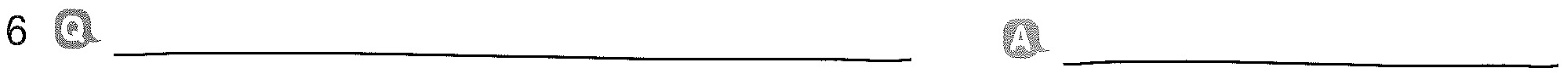
6 Q___ A___